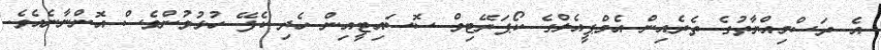
އެ ރަަސްމިއްޔާތުގެ ތެރެއިން އެމްޕީއެލްގެ ކޯޕަރޭޓިވް ސޮސައިޓީއިން ހެދި ކެފޭ ހުޅުވުންވެސް އޮންނާނެއެވެ.